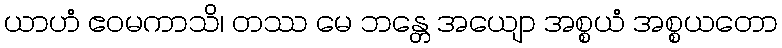
ယာဟံ ဧဝမကာသိ၊ တဿ မေ ဘန္တေ အယျော အစ္စယံ အစ္စယတော